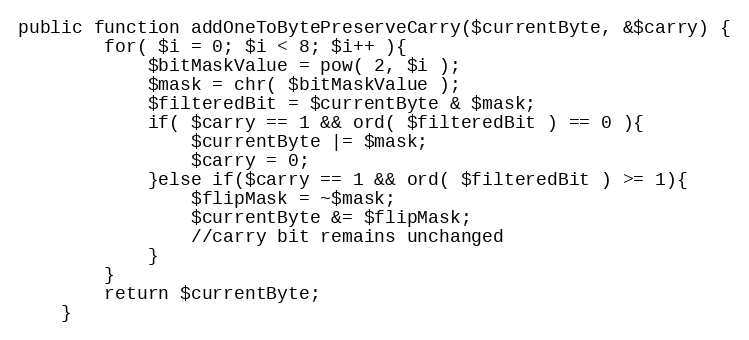
Language: PHP
public function addOneToBytePreserveCarry($currentByte, &$carry) {
        for( $i = 0; $i < 8; $i++ ){
            $bitMaskValue = pow( 2, $i );
            $mask = chr( $bitMaskValue );
            $filteredBit = $currentByte & $mask;
            if( $carry == 1 && ord( $filteredBit ) == 0 ){
                $currentByte |= $mask;
                $carry = 0;
            }else if($carry == 1 && ord( $filteredBit ) >= 1){
                $flipMask = ~$mask;
                $currentByte &= $flipMask;
                //carry bit remains unchanged
            }
        }
        return $currentByte;
    }